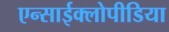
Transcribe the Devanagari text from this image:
एन्साईक्लोपीडिया